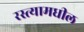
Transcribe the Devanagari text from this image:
रस्त्यामधील